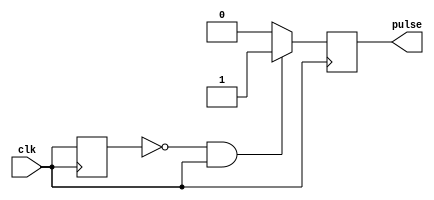
module rising_edge_pulse_generator(
    input wire clk,  // Input clock signal
    output reg pulse  // Output pulse signal with rising edge trigger
);

reg prev_clk;

always @ (posedge clk) begin
    if (prev_clk == 0 && clk == 1) begin
        pulse <= 1;  // Generate pulse signal on rising edge
    end else begin
        pulse <= 0;
    end
    prev_clk <= clk;
end

endmodule